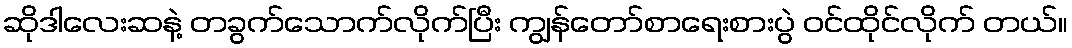
ဆိုဒါလေးဆနဲ့ တခွက်သောက်လိုက်ပြီး ကျွန်တော်စာရေးစားပွဲ ဝင်ထိုင်လိုက် တယ်။